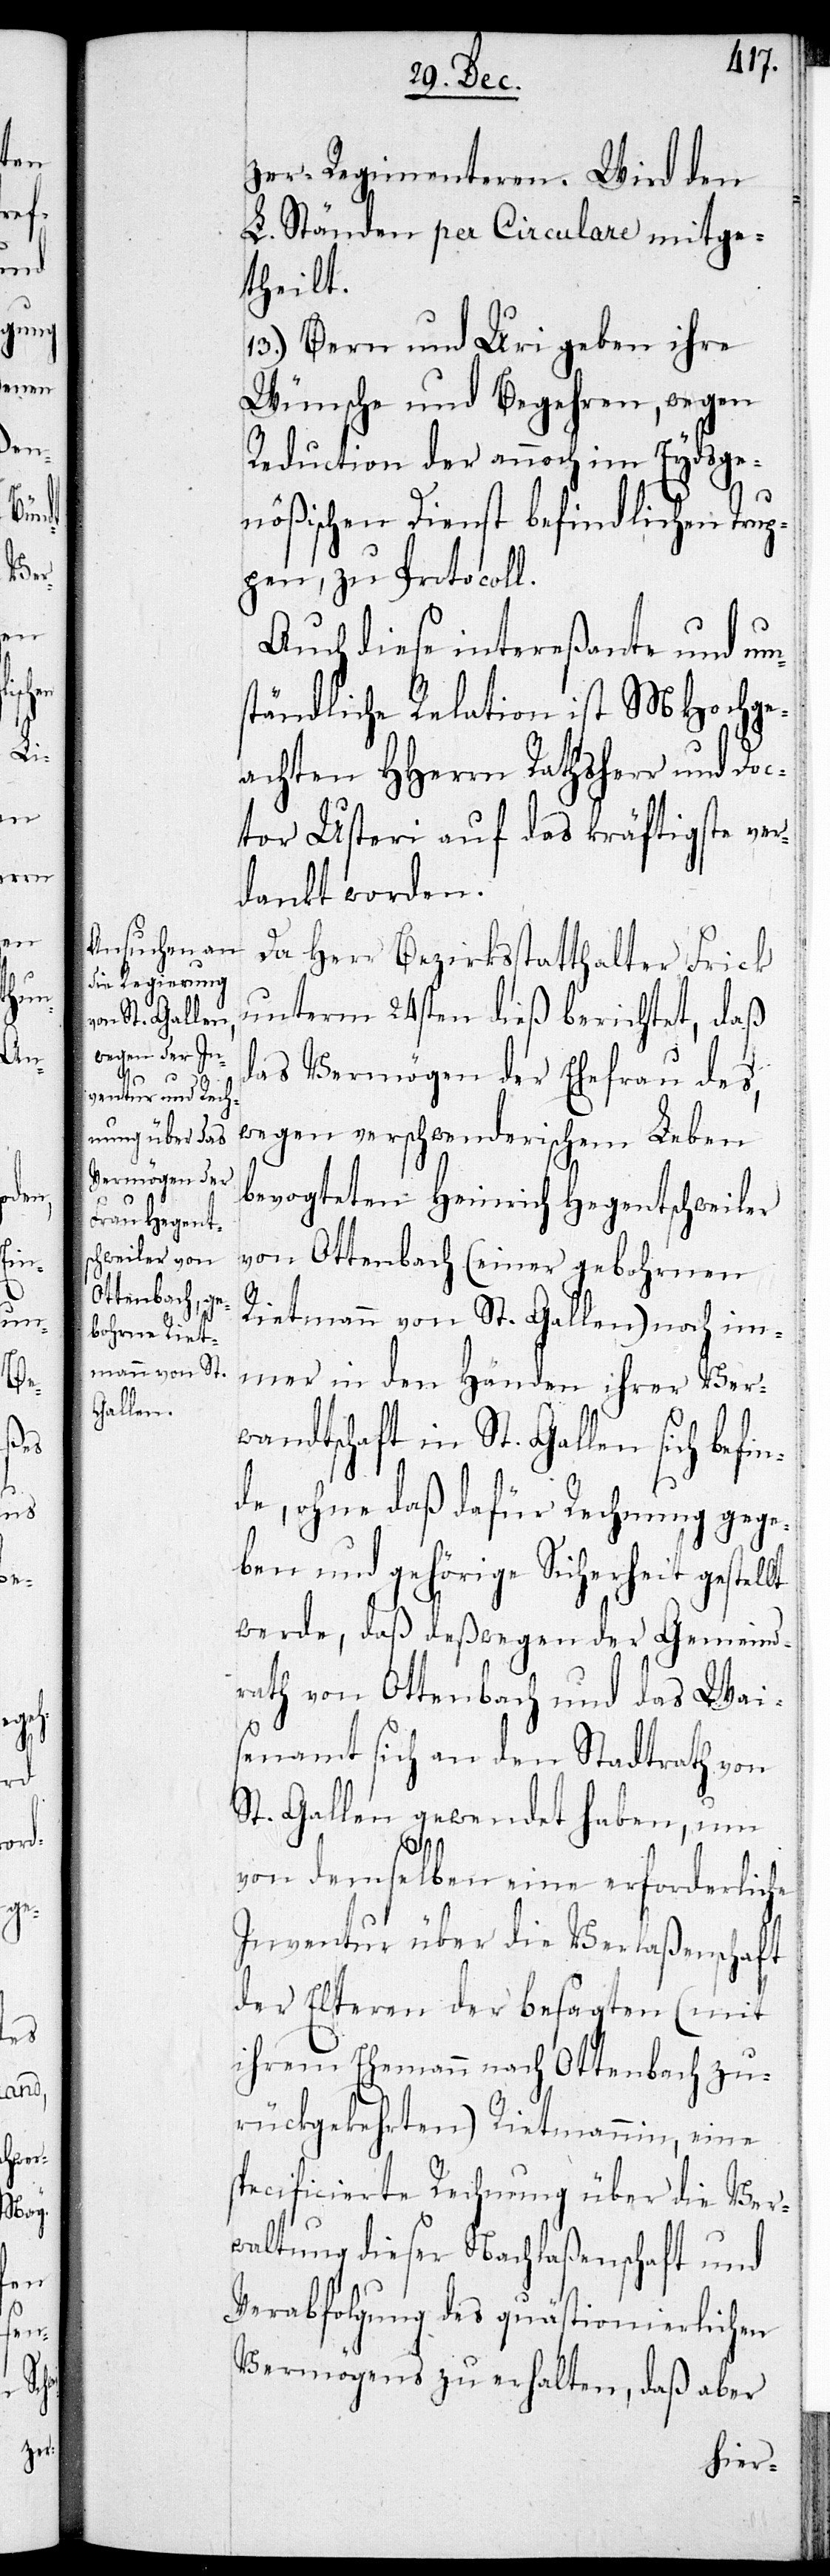
zer-Regimenteren. Wird den
L. Ständen per Circulare mitge¬
theilt.
13.) Bern und Uri geben ihre
Wünsche und Begehren, wegen
Reduktion der annoch im Eydsge¬
nößischen Dienst befindlichen Trup¬
pen, zu Protocoll.
Auch diese intereßante und um¬
ständliche Relation ist MHochge¬
achten HHerren Rathsherr und Doc¬
tor Usteri auf das kräftigste ver¬
dankt worden.
Da Herr Bezirksstatthalter Frick
unterm 24sten dieß berichtet, daß
das Vermögen der Ehefrau des,
wegen verschwenderischem Leben
bevogteten Heinrich Hegentschweiler
von Ottenbach (einer gebohrnen
Rietmann von St. Gallen) noch im¬
mer in den Händen ihrer Ver¬
wandtschaft in St. Gallen sich befin¬
de, ohne daß dafür Rechnung gege¬
ben und gehörige Sicherheit gestellt
werde, daß deswegen der Gemeind¬
rath von Ottenbach und das Wai¬
senamt sich an den Stadtrath von
St. Gallen gewendet haben, um
von demselben eine erforderliche
Inventur über die Verlaßenschaft
der Elteren der besagten (mit
ihrem Ehemann nach Ottenbach zu¬
rückgekehrten) Rietmannin, eine
specificierte Rechnung über die Ver¬
waltung dieser Nachlaßenschaft und
Verabfolgung des quästionierlichen
Vermögens zu erhalten, daß aber